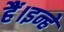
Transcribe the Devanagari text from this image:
हैं।इन्हे